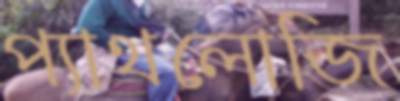
প্যাথলোজি